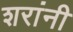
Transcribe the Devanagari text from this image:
शरांनी